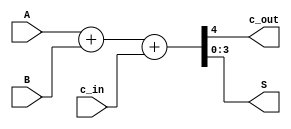
module FBA( input[3:0]A,
           input [3:0]B,
           input c_in,
           output c_out,
           output [3:0]S);
    
  assign {c_out,S} = A + B + c_in;
endmodule